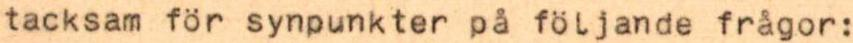
tacksam för synpunkter på följande frågor: